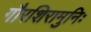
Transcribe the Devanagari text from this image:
गौरशिरामुनिः